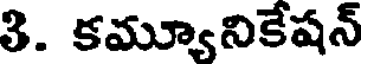
3. కమ్యూనికేషన్